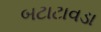
બટાટાવડા